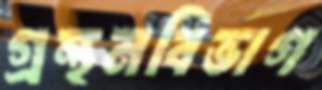
গ্রন্থনবিভাগ